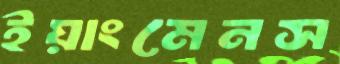
ইয়াংমেনস